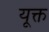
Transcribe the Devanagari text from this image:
यूक्त